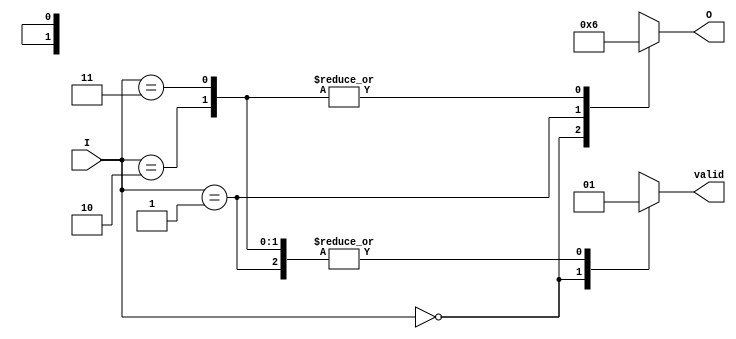
module binary_encoder (
    input wire [1:0] I,   // 2 inputs I0 and I1
    output reg [1:0] O,   // 2-bit output O0 and O1
    output reg valid       // Indicates if the output is valid
);

    always @(*) begin
        case (I)
            2'b00: begin
                O = 2'b00;  // No active inputs
                valid = 0;  // Output is not valid
            end
            2'b01: begin
                O = 2'b01;  // Input I1 is active
                valid = 1;  // Output is valid
            end
            2'b10: begin
                O = 2'b10;  // Input I0 is active
                valid = 1;  // Output is valid
            end
            2'b11: begin
                O = 2'b10;  // Both inputs are active, priority to I0
                valid = 1;  // Output is valid
            end
            default: begin
                O = 2'b00;  // Default case
                valid = 0;  // Output is not valid
            end
        endcase
    end

endmodule